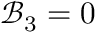
\mathcal { B } _ { 3 } = 0